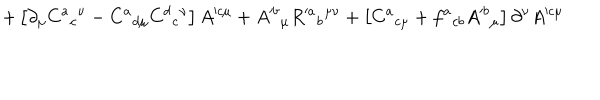
+ \left[ \partial _ { \mu } C ^ { a } { } _ { c } { } ^ { \nu } - C ^ { a } { } _ { d \mu } C ^ { d } { } _ { c } { } ^ { \nu } \right] A ^ { \prime c \mu } + A ^ { \prime b } { } _ { \mu } R ^ { \prime a } { } _ { b } { } ^ { \mu \nu } + \left[ C ^ { a } { } _ { c \mu } + f ^ { a } { } _ { c b } A ^ { \prime b } { } _ { \mu } \right] \partial ^ { \nu } A ^ { \prime c \mu }